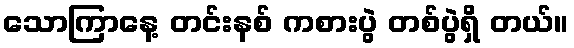
သောကြာနေ့ တင်းနစ် ကစားပွဲ တစ်ပွဲရှိ တယ်။